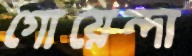
গোয়েন্দা